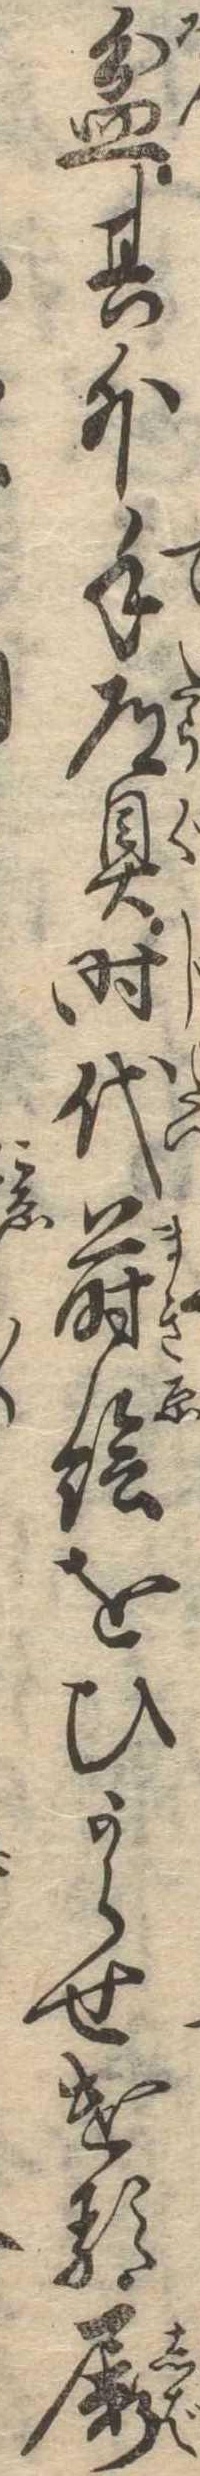
盆其外手道具時代蒔絵をひからせける屡